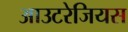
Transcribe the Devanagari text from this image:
आउटरेजियस